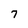
Character: 7